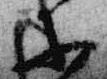
等